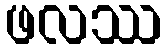
ဖလဿ